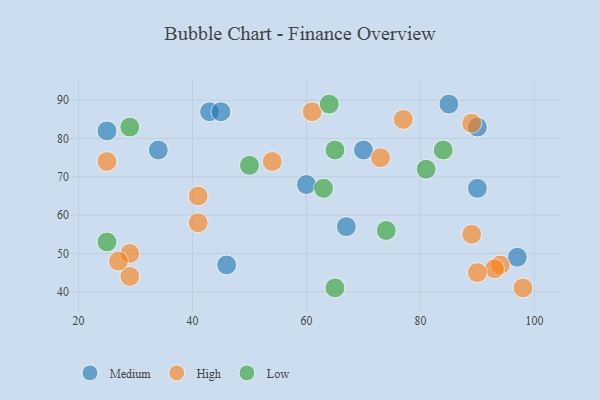
{"axis": {"x": "GDP", "y": "Life Expectancy"}, "legend": ["High", "Low", "Medium"], "data": [{"x": "97", "y": 49, "type": "Medium"}, {"x": "34", "y": 77, "type": "Medium"}, {"x": "25", "y": 82, "type": "Medium"}, {"x": "46", "y": 47, "type": "Medium"}, {"x": "60", "y": 68, "type": "Medium"}, {"x": "90", "y": 67, "type": "Medium"}, {"x": "70", "y": 77, "type": "Medium"}, {"x": "67", "y": 57, "type": "Medium"}, {"x": "90", "y": 83, "type": "Medium"}, {"x": "43", "y": 87, "type": "Medium"}, {"x": "85", "y": 89, "type": "Medium"}, {"x": "45", "y": 87, "type": "Medium"}, {"x": "61", "y": 87, "type": "High"}, {"x": "77", "y": 85, "type": "High"}, {"x": "41", "y": 65, "type": "High"}, {"x": "89", "y": 84, "type": "High"}, {"x": "29", "y": 50, "type": "High"}, {"x": "73", "y": 75, "type": "High"}, {"x": "29", "y": 44, "type": "High"}, {"x": "25", "y": 74, "type": "High"}, {"x": "27", "y": 48, "type": "High"}, {"x": "94", "y": 47, "type": "High"}, {"x": "89", "y": 55, "type": "High"}, {"x": "41", "y": 58, "type": "High"}, {"x": "93", "y": 46, "type": "High"}, {"x": "98", "y": 41, "type": "High"}, {"x": "54", "y": 74, "type": "High"}, {"x": "90", "y": 45, "type": "High"}, {"x": "81", "y": 72, "type": "Low"}, {"x": "74", "y": 56, "type": "Low"}, {"x": "64", "y": 89, "type": "Low"}, {"x": "65", "y": 41, "type": "Low"}, {"x": "50", "y": 73, "type": "Low"}, {"x": "63", "y": 67, "type": "Low"}, {"x": "25", "y": 53, "type": "Low"}, {"x": "29", "y": 83, "type": "Low"}, {"x": "84", "y": 77, "type": "Low"}, {"x": "65", "y": 77, "type": "Low"}]}